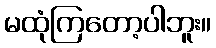
မထုံကြတော့ပါဘူး။